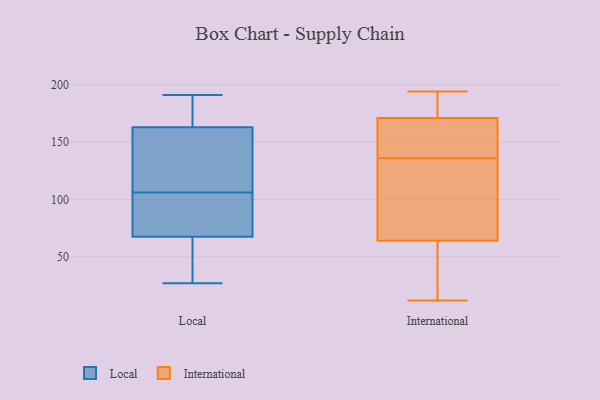
{"axis": {"x": "Energy Usage (MWh)", "y": "Value"}, "legend": ["International", "Local"], "data": [{"x": "", "y": 102, "type": "Local"}, {"x": "", "y": 185, "type": "Local"}, {"x": "", "y": 103, "type": "Local"}, {"x": "", "y": 51, "type": "Local"}, {"x": "", "y": 112, "type": "Local"}, {"x": "", "y": 27, "type": "Local"}, {"x": "", "y": 109, "type": "Local"}, {"x": "", "y": 191, "type": "Local"}, {"x": "", "y": 145, "type": "Local"}, {"x": "", "y": 71, "type": "Local"}, {"x": "", "y": 181, "type": "Local"}, {"x": "", "y": 64, "type": "Local"}, {"x": "", "y": 181, "type": "International"}, {"x": "", "y": 57, "type": "International"}, {"x": "", "y": 137, "type": "International"}, {"x": "", "y": 135, "type": "International"}, {"x": "", "y": 66, "type": "International"}, {"x": "", "y": 28, "type": "International"}, {"x": "", "y": 33, "type": "International"}, {"x": "", "y": 12, "type": "International"}, {"x": "", "y": 64, "type": "International"}, {"x": "", "y": 159, "type": "International"}, {"x": "", "y": 194, "type": "International"}, {"x": "", "y": 70, "type": "International"}, {"x": "", "y": 144, "type": "International"}, {"x": "", "y": 176, "type": "International"}, {"x": "", "y": 186, "type": "International"}, {"x": "", "y": 165, "type": "International"}, {"x": "", "y": 72, "type": "International"}, {"x": "", "y": 171, "type": "International"}]}